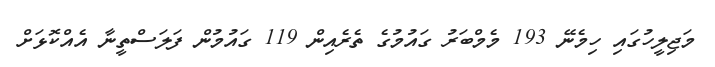
މަޖިލީހުގައި ހިމެނޭ 193 މެމްބަރު ގައުމުގެ ތެރެއިން 119 ގައުމުން ފަލަސްތީނާ އެއްކޮޅަށް